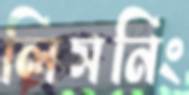
লিসনিং